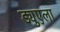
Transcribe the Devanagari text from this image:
ड्युएला